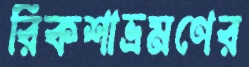
রিকশাভ্রমণের